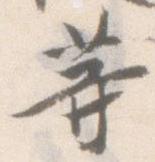
等